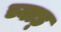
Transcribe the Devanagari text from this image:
च्वाड्